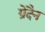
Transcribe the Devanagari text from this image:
ग्रेदैन